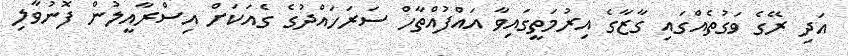
އަދި ރޭގެ ވަގުތެއްގައި ގާޒާގެ އިރުމަތީގައިވާ އައްފުއްތާހް ސަރަހައްދުގެ ގެއަކަށް އިސްރާއީލުން ފޮނުވާލި